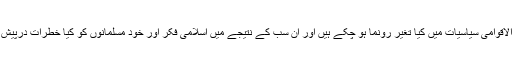
بین الاقوامی سیاسیات میں کیا تغیر رونما ہو چکے ہیں اور ان سب کے نتیجے میں اسلامی فکر اور خود مسلمانوں کو کیا خطرات درپیش ہیں۔